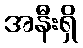
အနီးရှိ